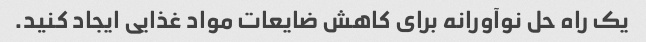
یک راه حل نوآورانه برای کاهش ضایعات مواد غذایی ایجاد کنید.